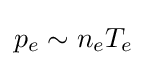
p_{e}\sim n_{e}T_{e}